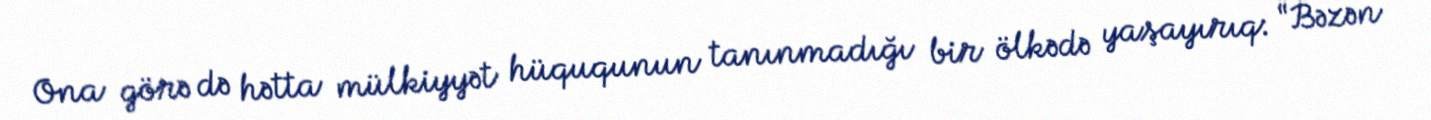
Ona görə də hətta mülkiyyət hüququnun tanınmadığı bir ölkədə yaşayırıq: “Bəzən